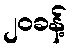
၂၀ခန့်